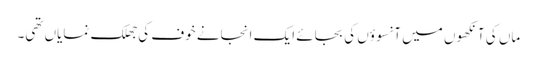
ماں کی آنکھوں میں آنسوؤں کی بجائے ایک انجانے خوف کی جھلک نمایاں تھی۔